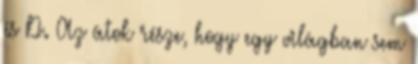
és D. Az átok része, hogy egy világban sem